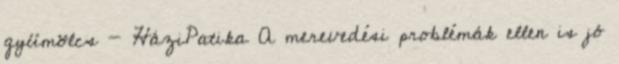
gyümölcs - HáziPatika A merevedési problémák ellen is jó